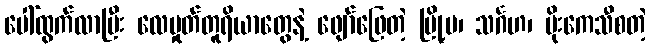
ပေါ်ထွက်လာပြီး လေမှုတ်တူရိယာတွေနဲ့ ဖျော်ဖြေတဲ့ မြို့မ၊ သင်္ဂဟ၊ မိုးကေသီစတဲ့